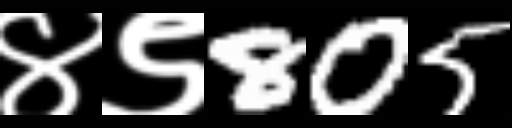
Text: ४९805